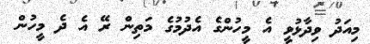
މިއަދު ވިދާޅުވީ އެ މީހުންގެ އެދުމުގެ މަތިން ރޭ އެ ދެ މީހުން